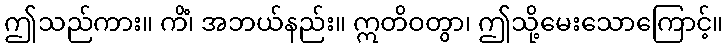
ဤသည်ကား။ ကိံ၊ အဘယ်နည်း။ ဣတိဝတွာ၊ ဤသို့မေးသောကြောင့်။